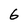
Character: 6